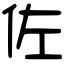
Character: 佐